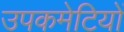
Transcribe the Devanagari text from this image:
उपकमेटियों